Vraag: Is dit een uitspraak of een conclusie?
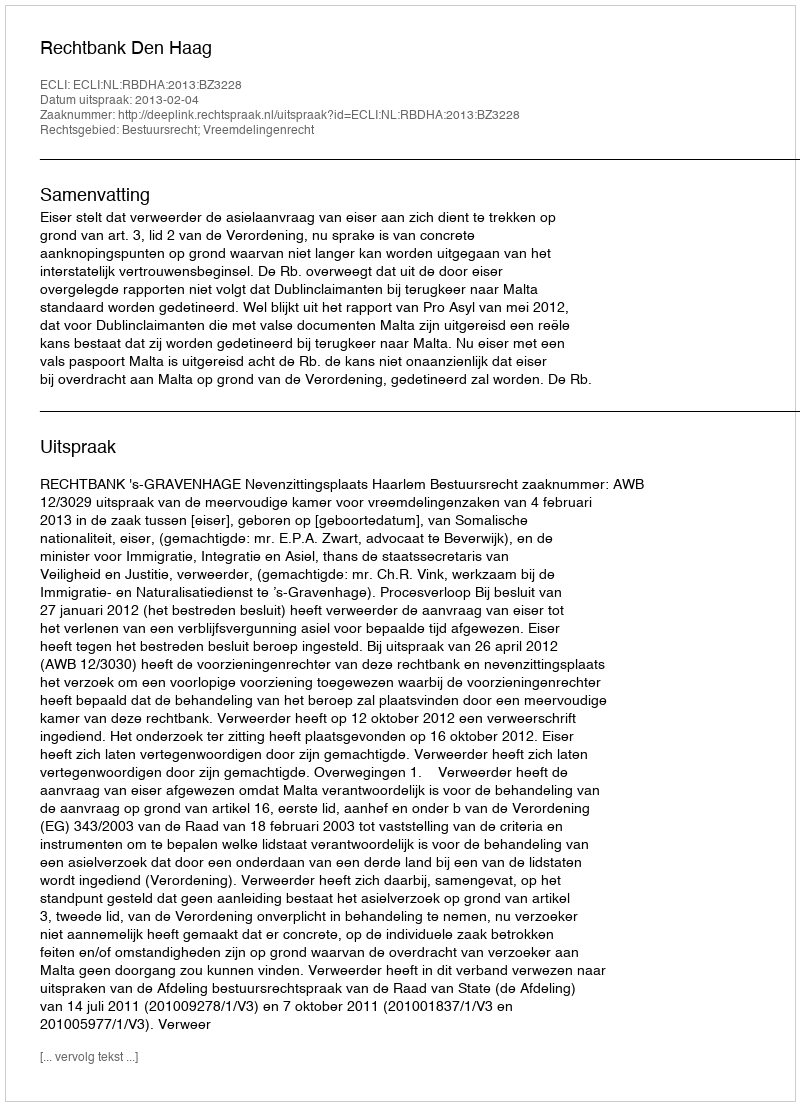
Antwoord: Uitspraak